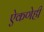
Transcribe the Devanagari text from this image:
ऐकणेही